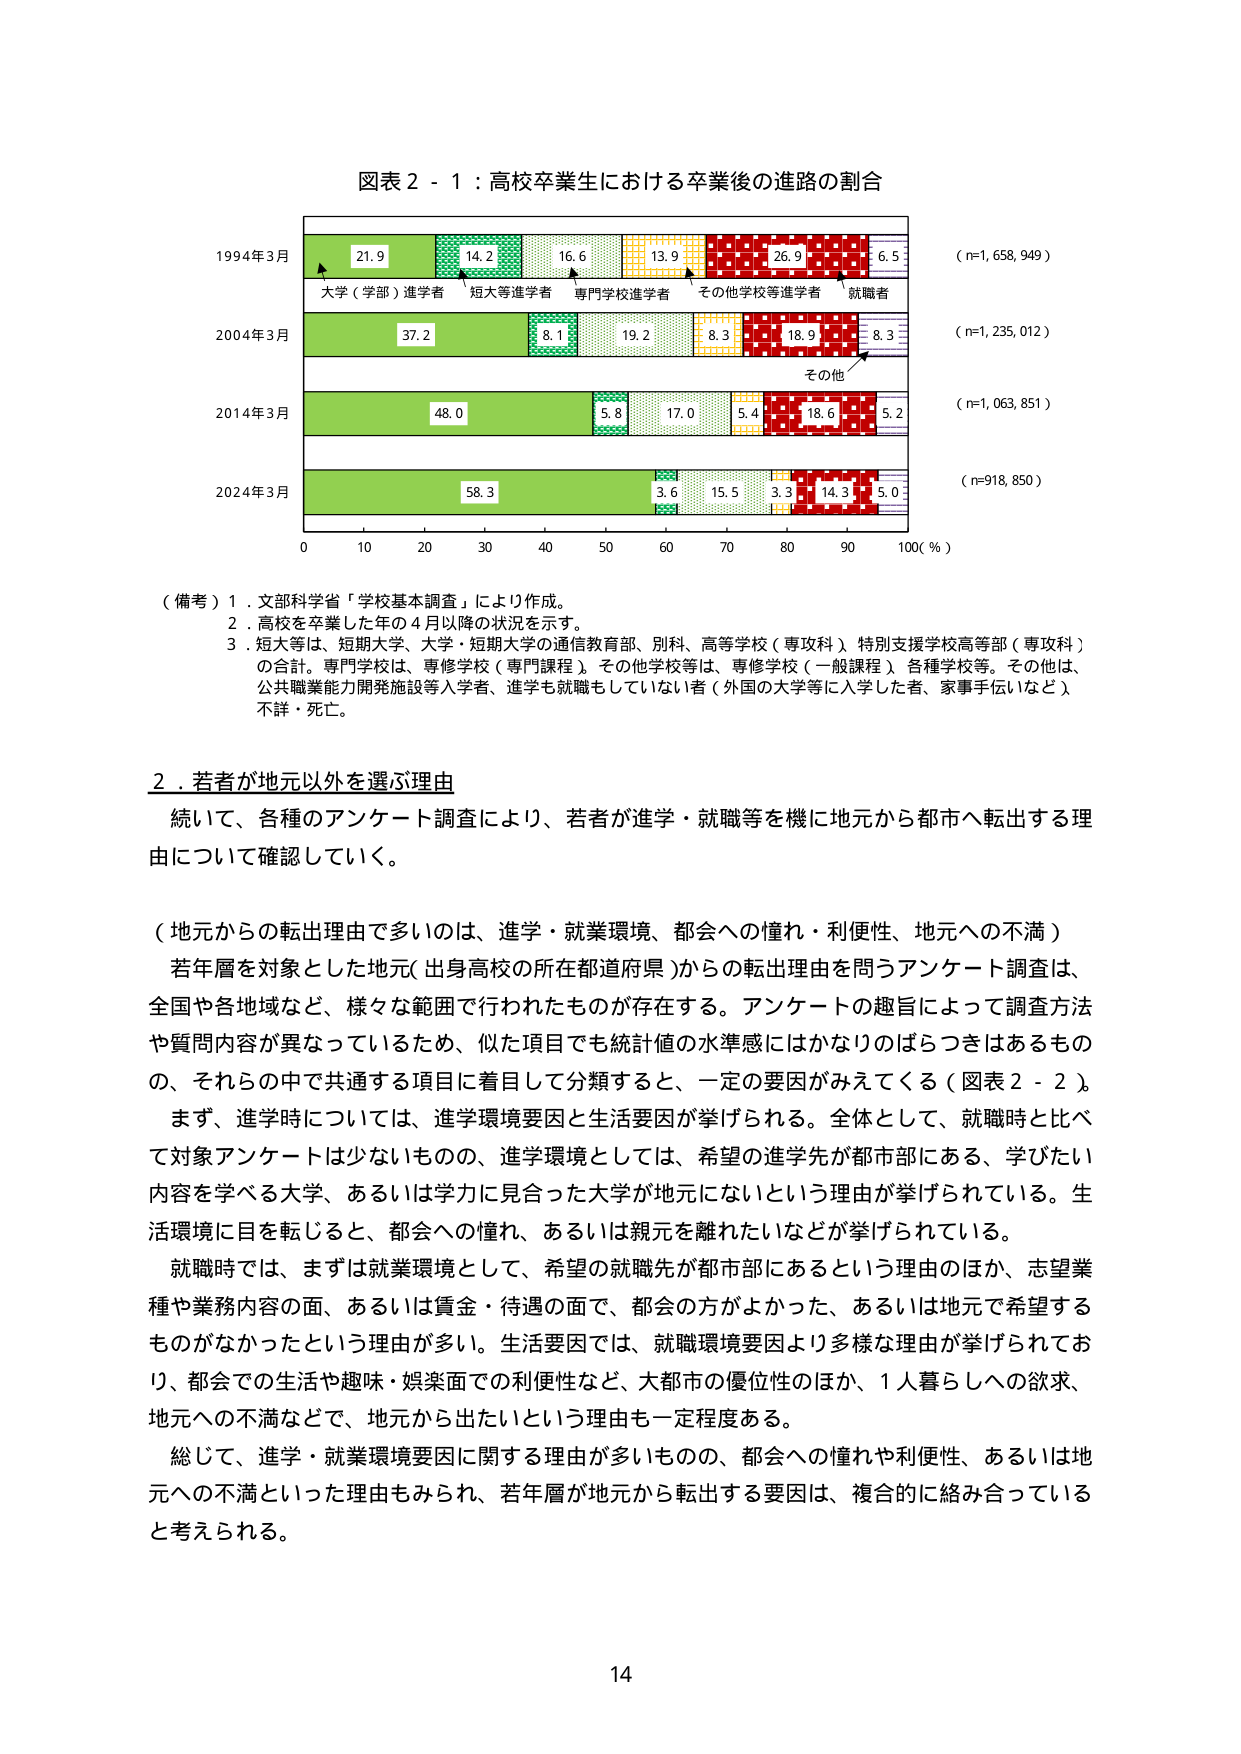
図表２－１：高校卒業生における卒業後の進路の割合

1994年3月
21.9
14.2
16.6
13.9
26.9
6.5
（n=1,658,949）
大学（学部）進学者
短大等進学者
専門学校進学者
その他学校等進学者
就職者

2004年3月
37.2
8.1
19.2
8.3
18.9
8.3
（n=1,235,012）
その他

2014年3月
48.0
5.8
17.0
5.4
18.6
5.2
（n=1,063,851）

2024年3月
58.3
3.6
15.5
3.3
14.3
5.0
（n=918,850）

0　10　20　30　40　50　60　70　80　90　100（％）

（備考）１．文部科学省「学校基本調査」により作成。
　　　２．高校を卒業した年の４月以降の状況を示す。
　　　３．短大等は、短期大学、大学・短期大学の通信教育部、別科、高等学校（専攻科）、特別支援学校高等部（専攻科）の合計。専門学校は、専門学校（専門課程）、その他学校等は、専修学校（一般課程）、各種学校等。その他は、公共職業能力開発施設等入学者、進学も就職もしていない者（外国の大学等に入学した者、家事手伝いなど）、不詳・死亡。

２．若者が地元以外を選ぶ理由

続いて、各種のアンケート調査により、若者が進学・就職等を機に地元から都市へ転出する理由について確認していく。

（地元からの転出理由で多いのは、進学・就職環境、都会への憧れ・利便性、地元への不満）

若年層を対象とした地元（出身高校の所在都道府県）からの転出理由を問うアンケート調査は、全国や各地域など、様々な範囲で行われたもののが存在する。アンケートの趣旨によって調査方法や質問内容が異なっているため、似た項目でも統計値の水準感にはかなりのばらつきはあるものの、それらの中で共通する項目に着目して分類すると、一定の要因がみえてくる（図表２－２）。

まず、進学時については、進学環境要因と生活要因が挙げられる。全体として、就職時と比べて対象アンケートは少ないものの、進学環境としては、希望の進学先が都市部にある、学びたい内容を学べる大学、あるいは学力に見合った大学が地元にないという理由が挙げられている。生活環境に目を転じると、都会への憧れ、あるいは親元を離れたいなどが挙げられている。

就職時では、まずは就業環境として、希望の就職先が都市部にあるという理由のほか、志望業種や業務内容の面、あるいは賃金・待遇の面で、都会の方がよかった、あるいは地元で希望するものがなかったという理由が多い。生活要因では、就職環境要因より多様な理由が挙げられており、都会での生活や趣味・娯楽面での利便性など、大都市の優位性のほか、１人暮らしへの欲求、地元への不満などで、地元から出たいという理由も一定程度ある。

総じて、進学・就業環境要因に関する理由が多いものの、都会への憧れや利便性、あるいは地元への不満といった理由もみられ、若年層が地元から転出する要因は、複合的に絡み合っていると考えられる。

14